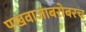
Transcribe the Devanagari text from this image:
पखवाजाबरोबरच